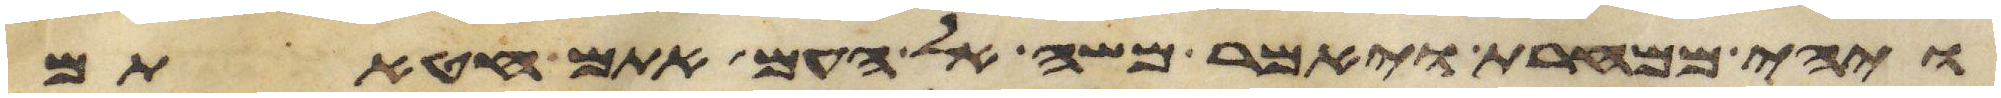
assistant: ויהי ממחרת ויאמר משה אל העם אתם חטאתם